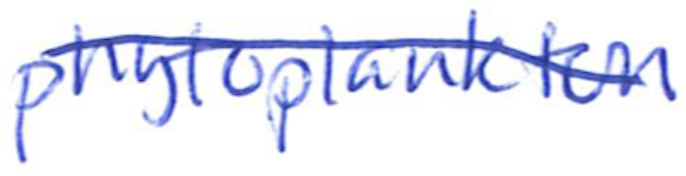
Text: phytoplankton
Cross-out: diagonal
Writing tool: ballpoint